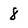
Character: 8